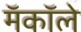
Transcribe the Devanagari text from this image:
मॅकॉले